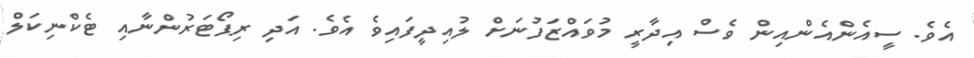
އެވެ. ސީއެންއެންއިން ވެސް އިދާރީ މުވައްޒަފުނަށް ލުއިދީފައިވެ އެވެ. އަދި ރިޕޯޓަރުންނާއި ޓެކްނިކަލް